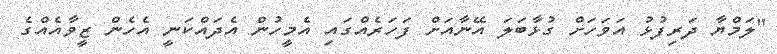
"ލަމްޔާ ދަރިފުޅު އަވަހަށް ގުޅާބަލަ އޭނާއަށް ފަހަރެއްގައި އެމީހުން އެދައްކަނީ އެހެން ޒީވާއެއްގެ